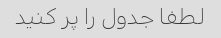
لطفا جدول را پر کنید